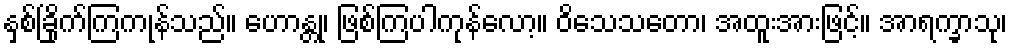
နှစ်ခြိုက်ကြကုန်သည်။ ဟောန္တု၊ ဖြစ်ကြပါကုန်လော့။ ဝိသေသတော၊ အထူးအားဖြင့်။ အာရက္ခာသု၊